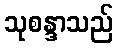
သုစန္ဒာသည်